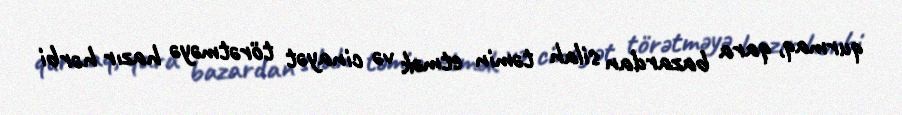
qurmaq, qara bazardan silah təmin etmək və cinayət törətməyə hazır hərbi